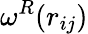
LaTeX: \omega^{R}(r_{ij})